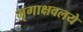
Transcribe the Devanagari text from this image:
मृगाक्षवलये